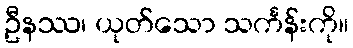
ဦနဿ၊ ယုတ်သော သင်္ကန်းကို။